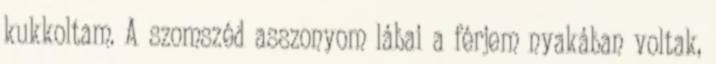
kukkoltam. A szomszéd asszonyom lábai a férjem nyakában voltak,